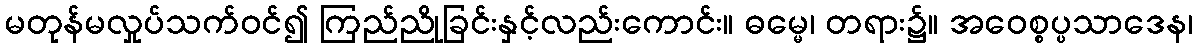
မတုန်မလှုပ်သက်ဝင်၍ ကြည်ညိုခြင်းနှင့်လည်းကောင်း။ ဓမ္မေ၊ တရား၌။ အဝေစ္စပ္ပသာဒေန၊